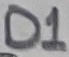
Text: D1